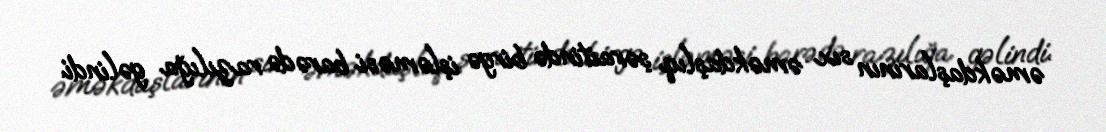
əməkdaşlarının sıx əməkdaşlıq şəraitində birgə işləməsi barədə razılığa gəlindi.